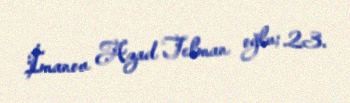
İmanov Azad Telman oğlu; 23.